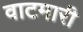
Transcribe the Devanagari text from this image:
वाटमारी